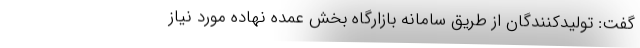
گفت: تولیدکنندگان از طریق سامانه بازارگاه بخش عمده نهاده مورد نیاز